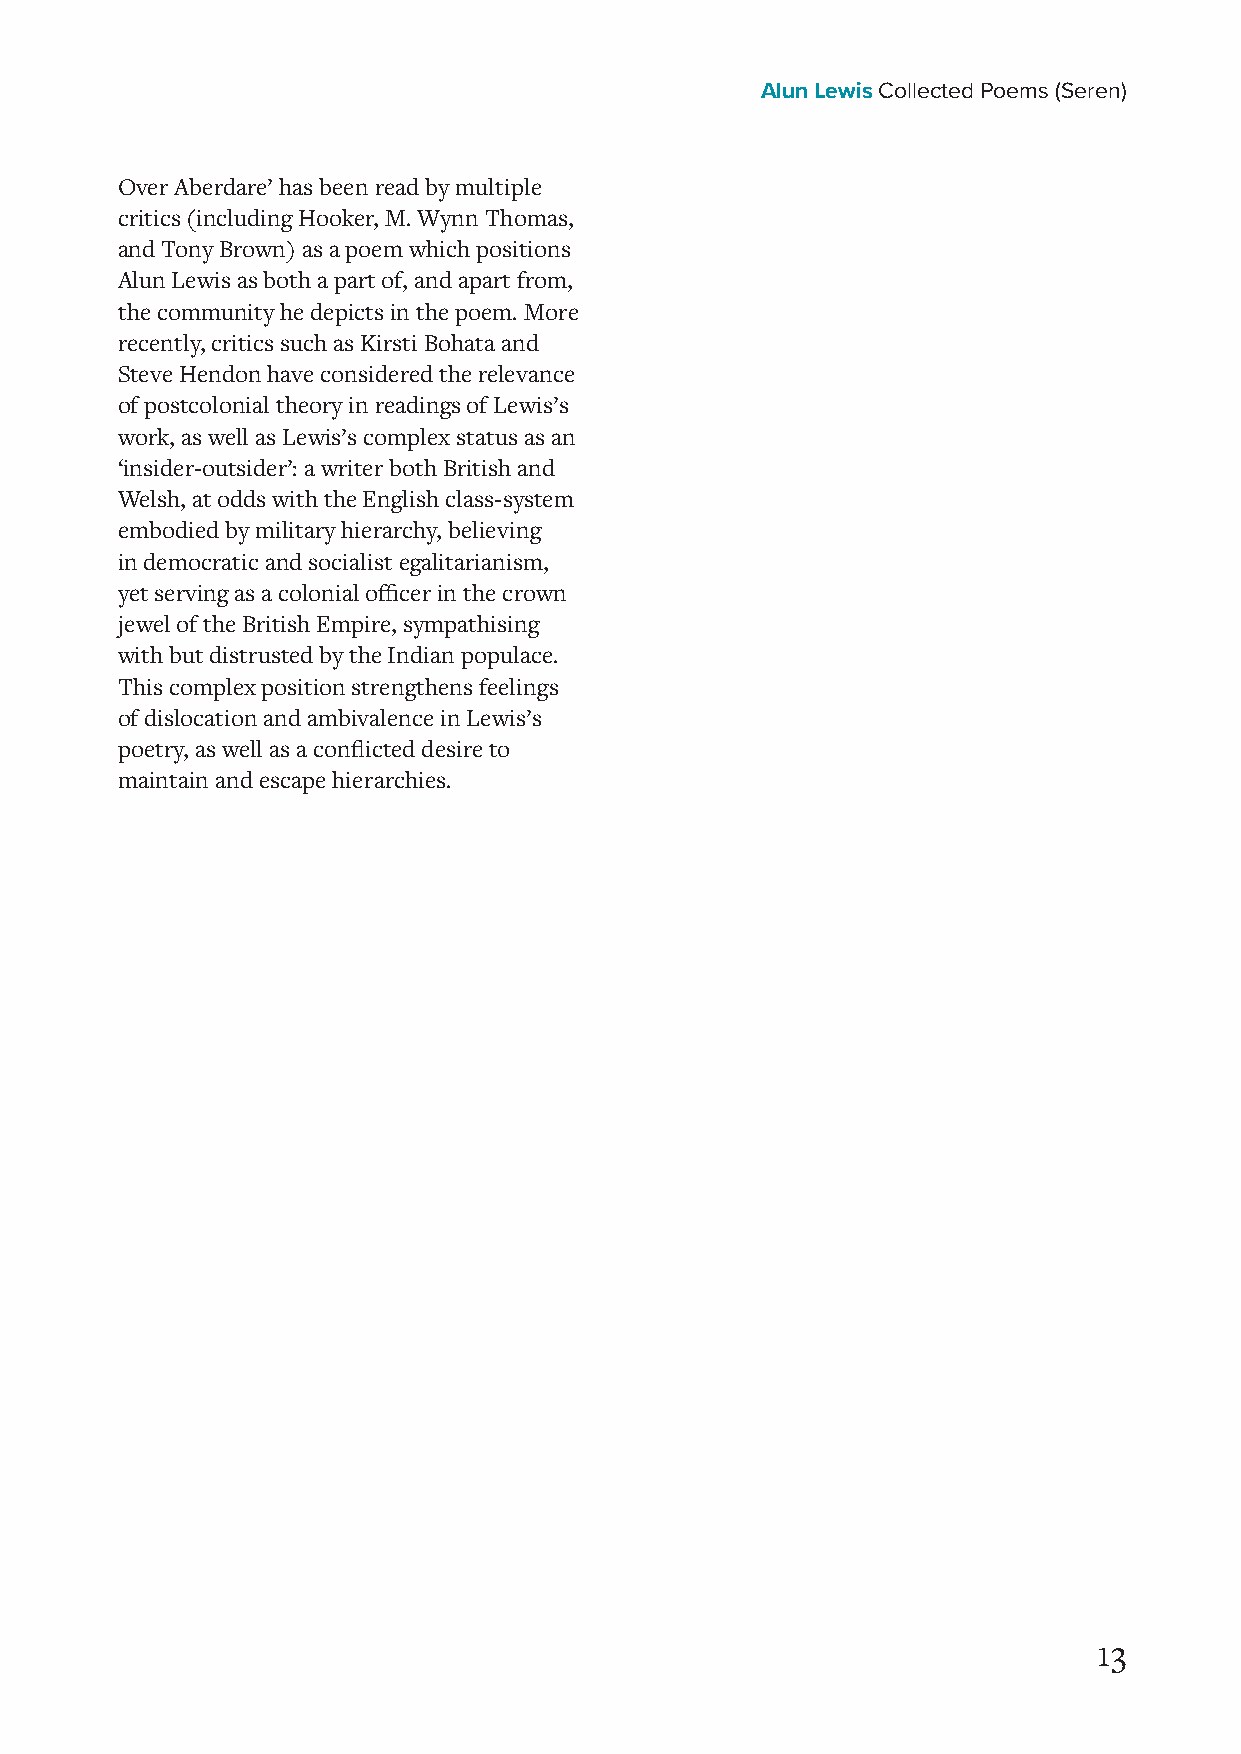
Alun Lewis Collected Poems (Seren)
 Over Aberdare’ has been read by multiple
 critics (including Hooker, M. Wynn Thomas,
 and Tony Brown) as a poem which positions
 Alun Lewis as both a part of, and apart from,
 the community he depicts in the poem. More
 recently, critics such as Kirsti Bohata and
 Steve Hendon have considered the relevance
 of postcolonial theory in readings of Lewis’s
 work, as well as Lewis’s complex status as an
 ‘insider-outsider’: a writer both British and
 Welsh, at odds with the English class-system
 embodied by military hierarchy, believing
 in democratic and socialist egalitarianism,
 yet serving as a colonial officer in the crown
 jewel of the British Empire, sympathising
 with but distrusted by the Indian populace.
 This complex position strengthens feelings
 of dislocation and ambivalence in Lewis’s
 poetry, as well as a conflicted desire to
 maintain and escape hierarchies.
 13